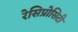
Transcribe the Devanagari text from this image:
रेसिप्रोसिटी